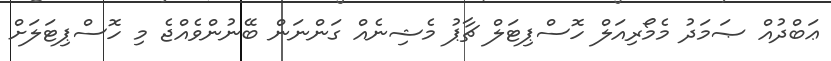
ޢަބްދުއް ޞަމަދު މެމޯރިއަލް ހޮސްޕިޓަލް ޗާޕު މެޝިނެއް ގަންނަން ބޭނުންވެއްޖެ މި ހޮސްޕިޓަލަށް